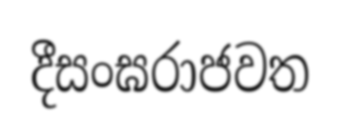
දීසංඝරාජවත